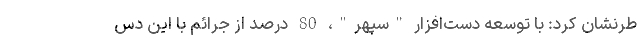
طرنشان کرد: با توسعه دست‌افزار "سپهر"، 80 درصد از جرائم با این دس